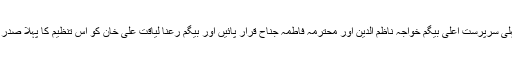
اس تنظیم کی پہلی سرپرست اعلیٰ بیگم خواجہ ناظم الدین اور محترمہ فاطمہ جناح قرار پائیں اور بیگم رعنا لیاقت علی خان کو اس تنظیم کا پہلا صدر منتخب کیا گیا۔